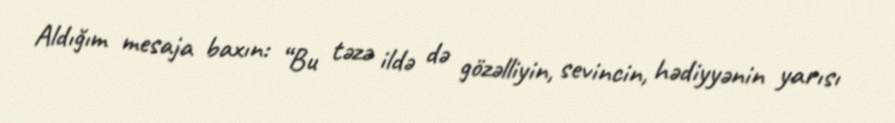
Aldığım mesaja baxın: “Bu təzə ildə də gözəlliyin, sevincin, hədiyyənin yarısı